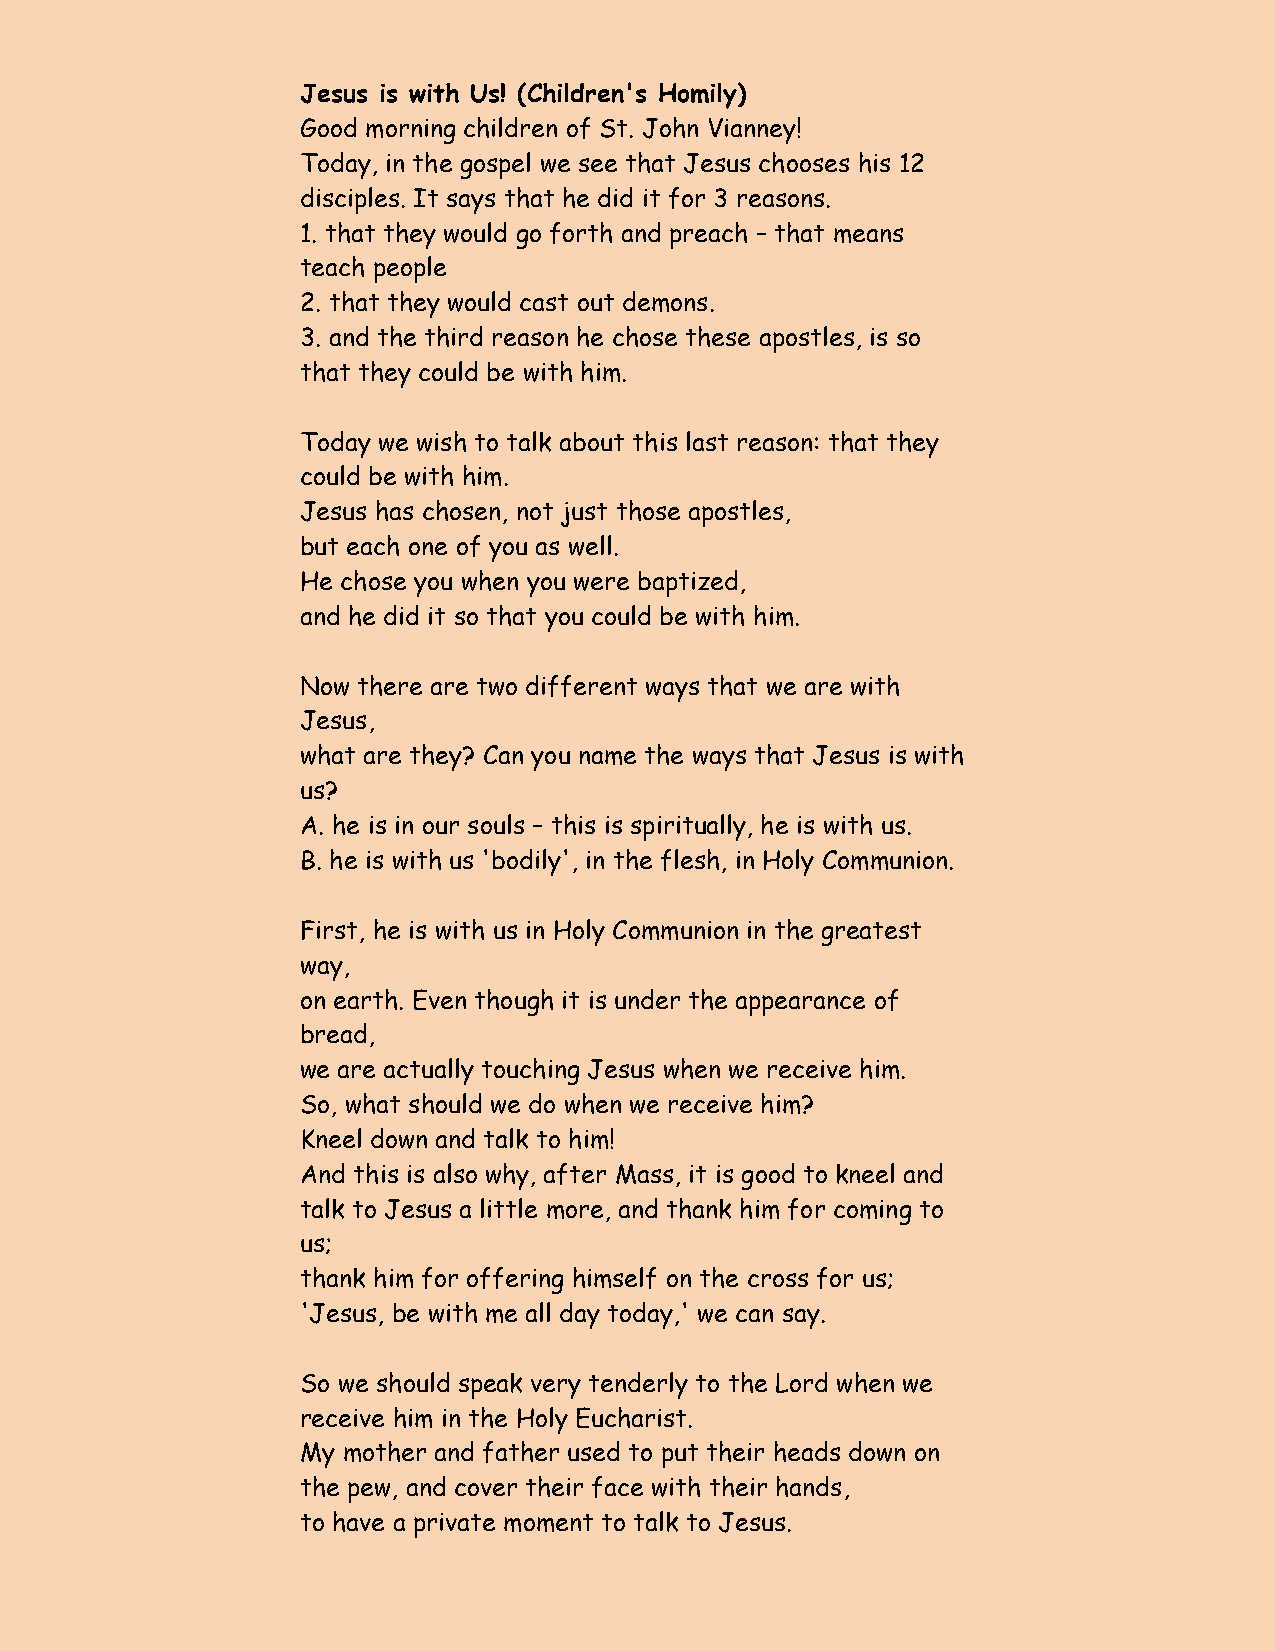
Jesus is with Us! (Children's Homily)
 Good morning children of St. John Vianney!
 Today, in the gospel we see that Jesus chooses his 12
 disciples. It says that he did it for 3 reasons.
 1. that they would go forth and preach – that means
 teach people
 2. that they would cast out demons.
 3. and the third reason he chose these apostles, is so
 that they could be with him.
 Today we wish to talk about this last reason: that they
 could be with him.
 Jesus has chosen, not just those apostles,
 but each one of you as well.
 He chose you when you were baptized,
 and he did it so that you could be with him.
 Now there are two different ways that we are with
 Jesus,
 what are they? Can you name the ways that Jesus is with
 us?
 A. he is in our souls – this is spiritually, he is with us.
 B. he is with us 'bodily', in the flesh, in Holy Communion.
 First, he is with us in Holy Communion in the greatest
 way,
 on earth. Even though it is under the appearance of
 bread,
 we are actually touching Jesus when we receive him.
 So, what should we do when we receive him?
 Kneel down and talk to him!
 And this is also why, after Mass, it is good to kneel and
 talk to Jesus a little more, and thank him for coming to
 us;
 thank him for offering himself on the cross for us;
 'Jesus, be with me all day today,' we can say.
 So we should speak very tenderly to the Lord when we
 receive him in the Holy Eucharist.
 My mother and father used to put their heads down on
 the pew, and cover their face with their hands,
 to have a private moment to talk to Jesus.